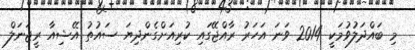
މި ބައްދަލުވުމަކީ 2014 ވަނަ އަހަރު ރާއްޖޭގައި ކުރިއަށްގެންދިޔަ ސައުތު އޭޝިއާ ރީޖަނަލް